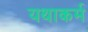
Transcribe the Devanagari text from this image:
यथाकर्म